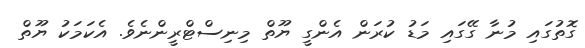
ގޮތުގައި މުނާ ގޭގައި މަޑު ކުރަން އެންގީ ޔޫތް މިނިސްޓްރީންނެވެ. އެކަމަކު ޔޫތް